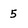
Character: 5